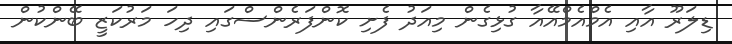
ޑިލަރޫ އާއި އެމްއެމްއޭއާ ގުޅިގެން މިއަދު ފެށި ކޮންފަރެންސްގައި ދިހަ މަރުކަޒީ ބޭންކުން